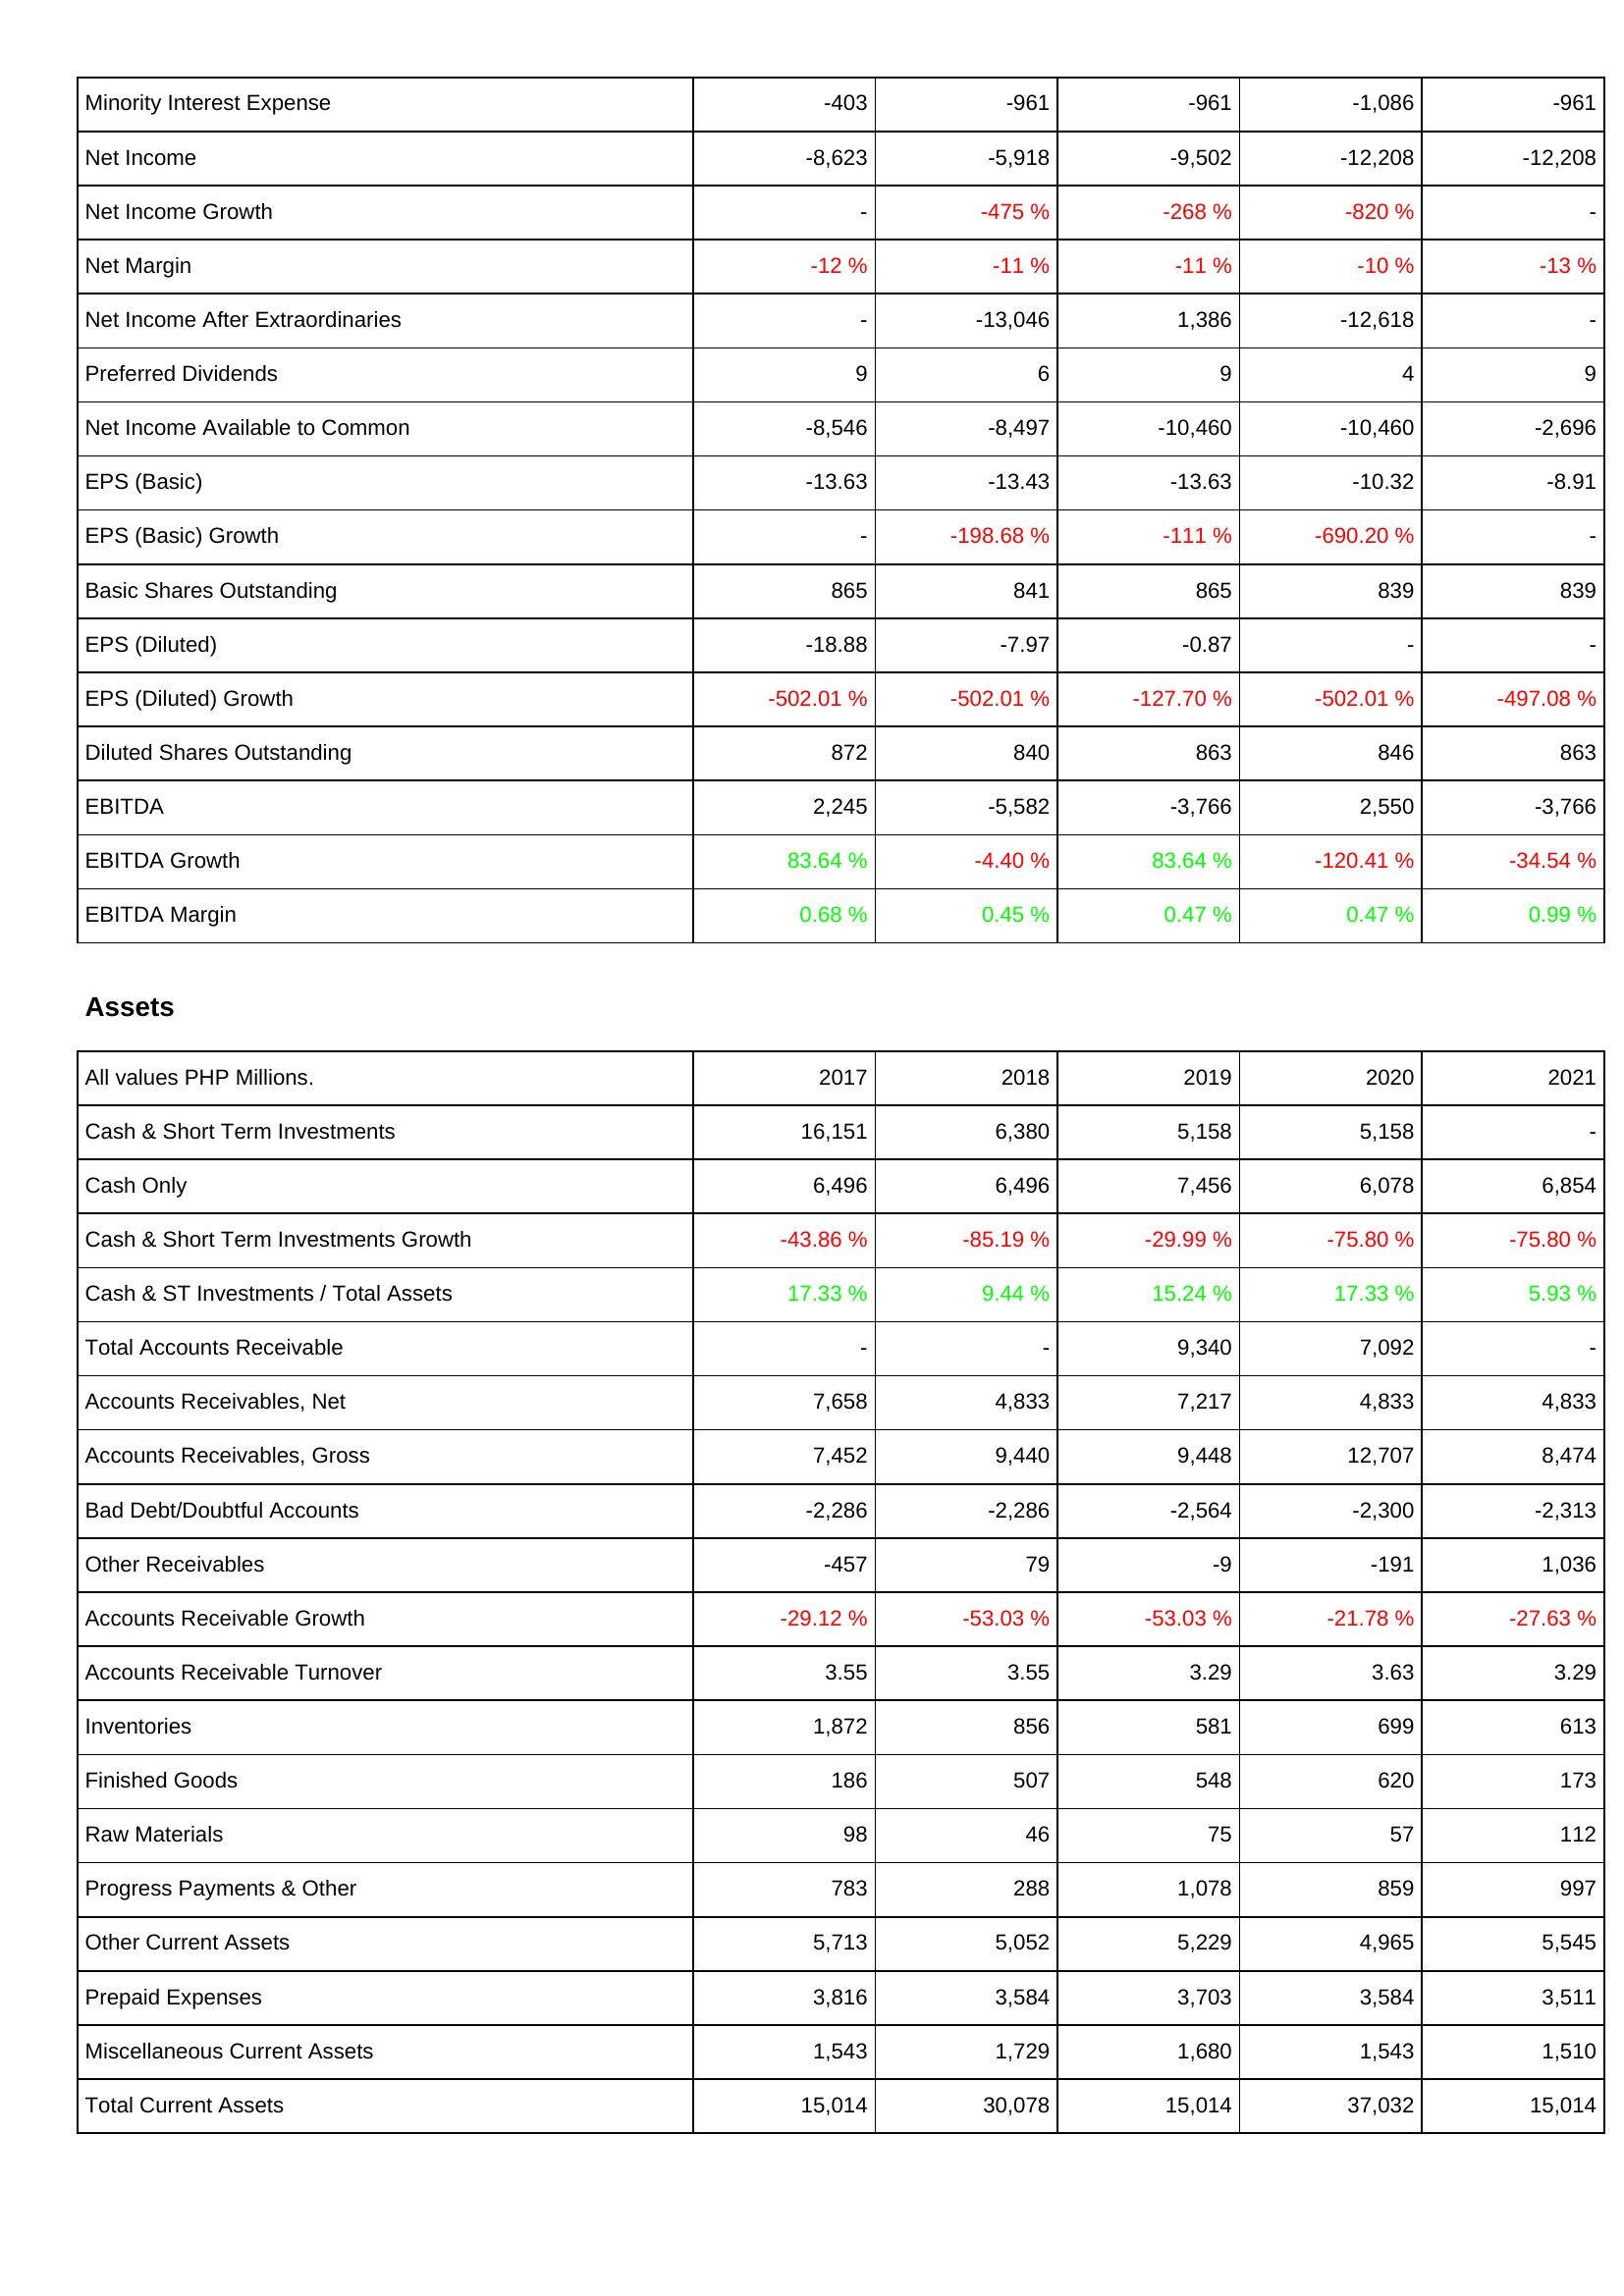
2017: Income Statement: Minority Interest Expense: -403
Net Income: -8,623
Net Income Growth: -
Net Margin: -12 %
Net Income After Extraordinaries: -
Preferred Dividends: 9
Net Income Available to Common: -8,546
EPS (Basic): -13.63
EPS (Basic) Growth: -
Basic Shares Outstanding: 865
EPS (Diluted): -18.88
EPS (Diluted) Growth: -502.01 %
Diluted Shares Outstanding: 872
EBITDA: 2,245
EBITDA Growth: 83.64 %
EBITDA Margin: 0.68 %
Assets: Cash & Short Term Investments: 16,151
Cash Only: 6,496
Cash & Short Term Investments Growth: -43.86 %
Cash & ST Investments / Total Assets: 17.33 %
Total Accounts Receivable: -
Accounts Receivables, Net: 7,658
Accounts Receivables, Gross: 7,452
Bad Debt/Doubtful Accounts: -2,286
Other Receivables: -457
Accounts Receivable Growth: -29.12 %
Accounts Receivable Turnover: 3.55
Inventories: 1,872
Finished Goods: 186
Raw Materials: 98
Progress Payments & Other: 783
Other Current Assets: 5,713
Prepaid Expenses: 3,816
Miscellaneous Current Assets: 1,543
Total Current Assets: 15,014
2018: Income Statement: Minority Interest Expense: -961
Net Income: -5,918
Net Income Growth: -475 %
Net Margin: -11 %
Net Income After Extraordinaries: -13,046
Preferred Dividends: 6
Net Income Available to Common: -8,497
EPS (Basic): -13.43
EPS (Basic) Growth: -198.68 %
Basic Shares Outstanding: 841
EPS (Diluted): -7.97
EPS (Diluted) Growth: -502.01 %
Diluted Shares Outstanding: 840
EBITDA: -5,582
EBITDA Growth: -4.40 %
EBITDA Margin: 0.45 %
Assets: Cash & Short Term Investments: 6,380
Cash Only: 6,496
Cash & Short Term Investments Growth: -85.19 %
Cash & ST Investments / Total Assets: 9.44 %
Total Accounts Receivable: -
Accounts Receivables, Net: 4,833
Accounts Receivables, Gross: 9,440
Bad Debt/Doubtful Accounts: -2,286
Other Receivables: 79
Accounts Receivable Growth: -53.03 %
Accounts Receivable Turnover: 3.55
Inventories: 856
Finished Goods: 507
Raw Materials: 46
Progress Payments & Other: 288
Other Current Assets: 5,052
Prepaid Expenses: 3,584
Miscellaneous Current Assets: 1,729
Total Current Assets: 30,078
2019: Income Statement: Minority Interest Expense: -961
Net Income: -9,502
Net Income Growth: -268 %
Net Margin: -11 %
Net Income After Extraordinaries: 1,386
Preferred Dividends: 9
Net Income Available to Common: -10,460
EPS (Basic): -13.63
EPS (Basic) Growth: -111 %
Basic Shares Outstanding: 865
EPS (Diluted): -0.87
EPS (Diluted) Growth: -127.70 %
Diluted Shares Outstanding: 863
EBITDA: -3,766
EBITDA Growth: 83.64 %
EBITDA Margin: 0.47 %
Assets: Cash & Short Term Investments: 5,158
Cash Only: 7,456
Cash & Short Term Investments Growth: -29.99 %
Cash & ST Investments / Total Assets: 15.24 %
Total Accounts Receivable: 9,340
Accounts Receivables, Net: 7,217
Accounts Receivables, Gross: 9,448
Bad Debt/Doubtful Accounts: -2,564
Other Receivables: -9
Accounts Receivable Growth: -53.03 %
Accounts Receivable Turnover: 3.29
Inventories: 581
Finished Goods: 548
Raw Materials: 75
Progress Payments & Other: 1,078
Other Current Assets: 5,229
Prepaid Expenses: 3,703
Miscellaneous Current Assets: 1,680
Total Current Assets: 15,014
2020: Income Statement: Minority Interest Expense: -1,086
Net Income: -12,208
Net Income Growth: -820 %
Net Margin: -10 %
Net Income After Extraordinaries: -12,618
Preferred Dividends: 4
Net Income Available to Common: -10,460
EPS (Basic): -10.32
EPS (Basic) Growth: -690.20 %
Basic Shares Outstanding: 839
EPS (Diluted): -
EPS (Diluted) Growth: -502.01 %
Diluted Shares Outstanding: 846
EBITDA: 2,550
EBITDA Growth: -120.41 %
EBITDA Margin: 0.47 %
Assets: Cash & Short Term Investments: 5,158
Cash Only: 6,078
Cash & Short Term Investments Growth: -75.80 %
Cash & ST Investments / Total Assets: 17.33 %
Total Accounts Receivable: 7,092
Accounts Receivables, Net: 4,833
Accounts Receivables, Gross: 12,707
Bad Debt/Doubtful Accounts: -2,300
Other Receivables: -191
Accounts Receivable Growth: -21.78 %
Accounts Receivable Turnover: 3.63
Inventories: 699
Finished Goods: 620
Raw Materials: 57
Progress Payments & Other: 859
Other Current Assets: 4,965
Prepaid Expenses: 3,584
Miscellaneous Current Assets: 1,543
Total Current Assets: 37,032
2021: Income Statement: Minority Interest Expense: -961
Net Income: -12,208
Net Income Growth: -
Net Margin: -13 %
Net Income After Extraordinaries: -
Preferred Dividends: 9
Net Income Available to Common: -2,696
EPS (Basic): -8.91
EPS (Basic) Growth: -
Basic Shares Outstanding: 839
EPS (Diluted): -
EPS (Diluted) Growth: -497.08 %
Diluted Shares Outstanding: 863
EBITDA: -3,766
EBITDA Growth: -34.54 %
EBITDA Margin: 0.99 %
Assets: Cash & Short Term Investments: -
Cash Only: 6,854
Cash & Short Term Investments Growth: -75.80 %
Cash & ST Investments / Total Assets: 5.93 %
Total Accounts Receivable: -
Accounts Receivables, Net: 4,833
Accounts Receivables, Gross: 8,474
Bad Debt/Doubtful Accounts: -2,313
Other Receivables: 1,036
Accounts Receivable Growth: -27.63 %
Accounts Receivable Turnover: 3.29
Inventories: 613
Finished Goods: 173
Raw Materials: 112
Progress Payments & Other: 997
Other Current Assets: 5,545
Prepaid Expenses: 3,511
Miscellaneous Current Assets: 1,510
Total Current Assets: 15,014